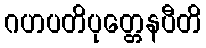
ဂဟပတိပုတ္တေနပီတိ